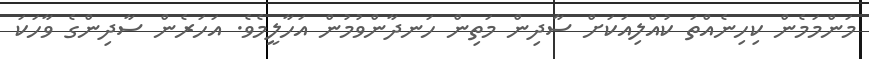
މަންމަމެން ކިހިނެއްތަ ކުއްލިއަކަށް ސާދިން މަތިން ހަނދާންވުމުން އަހާލީމެވެ. އަހަރެން ސާދިންގެ ވާހަކަ